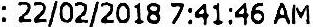
: 22/02/2018 7:41:46 AM